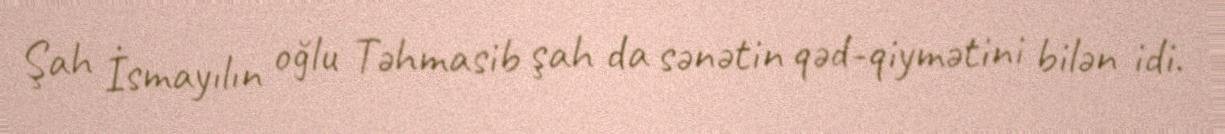
Şah İsmayılın oğlu Təhmasib şah da sənətin qəd-qiymətini bilən idi.